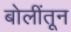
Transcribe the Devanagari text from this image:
बोलींतून